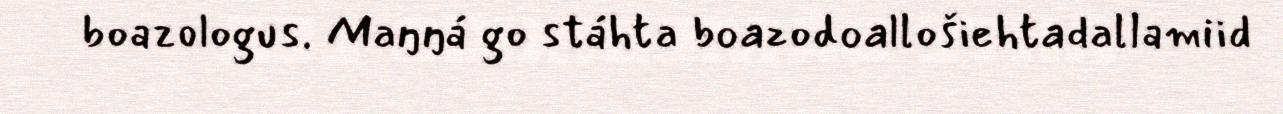
boazologus. Maŋŋá go stáhta boazodoallošiehtadallamiid